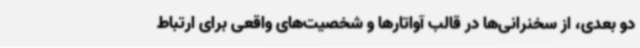
دو بعدی، از سخنرانی‌ها در قالب آواتارها و شخصیت‌های واقعی برای ارتباط